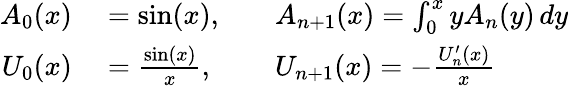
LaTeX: \begin{array}{rlrl}{A_{0}(x)}&{{}=\sin(x),}&{}&{{}A_{n+1}(x)=\int_{0}^{x}yA_{n}(y)\, dy}\\ {U_{0}(x)}&{{}={\frac{\sin(x)}{x}},}&{}&{{}U_{n+1}(x)=-{\frac{U_{n}^{\prime}(x)}{x}}}\end{array}